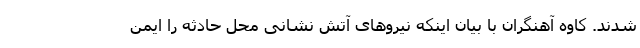
شدند. کاوه آهنگران با بیان اینکه نیروهای آتش نشانی محل حادثه را ایمن